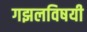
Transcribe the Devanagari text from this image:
गझलविषयी